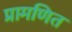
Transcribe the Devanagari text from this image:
प्रामणित